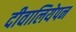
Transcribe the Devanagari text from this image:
दीवालियेपन